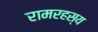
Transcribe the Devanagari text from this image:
रामरहस्य